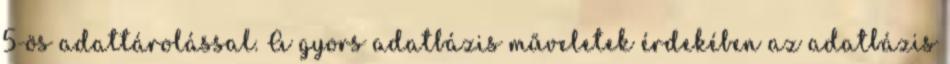
5-ös adattárolással. A gyors adatbázis műveletek érdekében az adatbázis